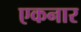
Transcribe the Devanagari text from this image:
एकनार